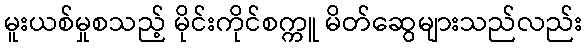
မူးယစ်မှုစသည့် မိုင်းကိုင်စက္ကူ မိတ်ဆွေများသည်လည်း